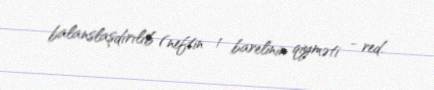
balanslaşdırılıb (neftin 1 barelinin qiyməti - red.